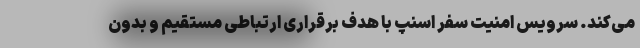
می‌کند. سرویس امنیت سفر اسنپ با هدف برقراری ارتباطی مستقیم و بدون